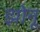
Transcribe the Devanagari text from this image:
झोनू